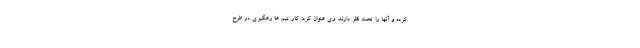
کرده و آنها را تحت نظر دارند. وی عنوان کرد: کار تیم ها رهگیری در طرح